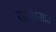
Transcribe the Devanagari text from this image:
साईप्रसाद